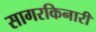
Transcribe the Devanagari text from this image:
सागरकिनारी